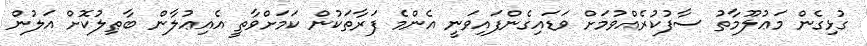
ގުޅިގެން މަޢުލޫމާތު ސާފުކުރެއްވުމަށް ވަޑައިގެންފައިވަނީ އެންމެ ފަރާތަކުން ކަމަށްވާތީ އެއިޢުލާން ބާޠިލުކޮށް އަލުން